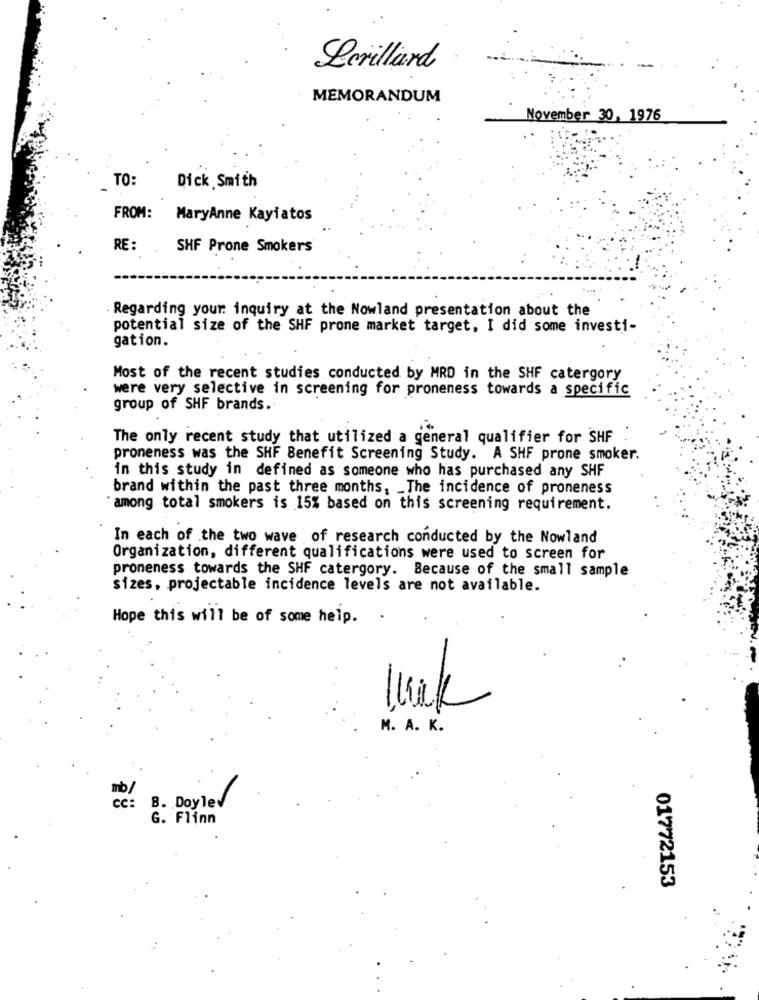
Lerillard
MEMORANDUM
November 30, 1976
TO:
Dick Smith
FROM:
MaryAnne Kayiatos
RE :
SHF Prone Smokers
Regarding your inquiry at the Nowland presentation about the
potential size of the SHF prone market target, I did some investi-
gation.
Most of the recent studies conducted by MRD in the SHF catergory
were very selective in screening for proneness towards a specific
group of SHF brands.
The only recent study that utilized a general qualifier for SHF
proneness was the SHF Benefit Screening Study. A SHF prone smoker.
in this study in defined as someone who has purchased any SHF
brand within the past three months, _ The incidence of proneness
"among total smokers is 15% based on this screening requirement.
In each of the two wave of research conducted by the Nowland
Organization, different qualifications were used to screen for
proneness towards the SHF catergory. Because of the small sample
sizes, projectable incidence levels are not available.
Hope this will be of some help.
M. A. K.
B. Doylev
G. Flinn
01772153